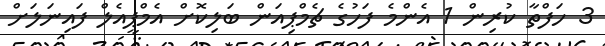
3 ހަފްތާ ކުރިން 1 އެންމެ ފަހުގެ ޗެމްޕިއަން ބަލިކޮށް އެމްޕީއެލް ފައިނަލަށް